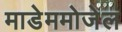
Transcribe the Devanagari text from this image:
माडेममोजेल